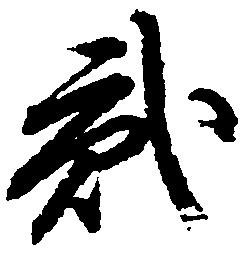
弐